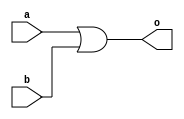
module or_rtl(a,b,o);

input a,b;
output reg o;

always @(a,b) 
begin
o = a|b;    
end
endmodule